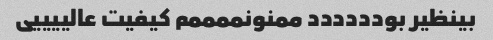
بینظیر بودددددد ممنونممممم کیفیت عالییییی